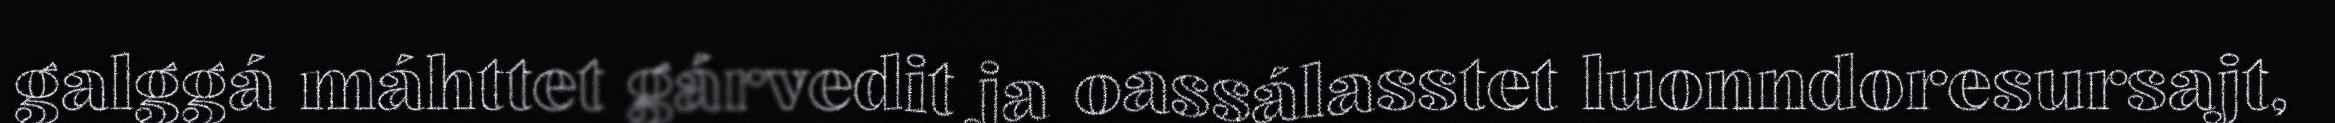
galggá máhttet gárvedit ja oassálasstet luonndoresursajt,